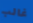
غالب